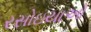
રસોઇયાઓ